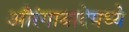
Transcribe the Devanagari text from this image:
औरंगाबादेमध्ये